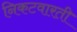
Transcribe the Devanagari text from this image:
निकटवारती